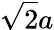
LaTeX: {\sqrt{2}}a